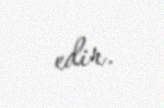
edir.